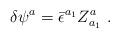
LaTeX: \begin{align*}\delta \psi ^a={\bar{\epsilon}}^{a_1}Z^a_{a_1}\ .\end{align*}